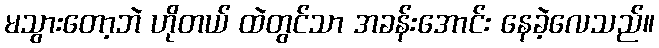
မသွားတော့ဘဲ ဟိုတယ် ထဲတွင်သာ အခန်းအောင်း နေခဲ့လေသည်။